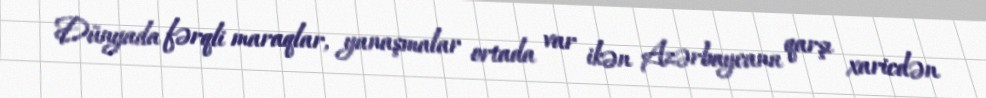
Dünyada fərqli maraqlar, yanaşmalar ortada var ikən Azərbaycana qarşı xaricdən